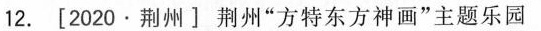
12.[2020.荆州]荆州”方特东方神画”主题乐园